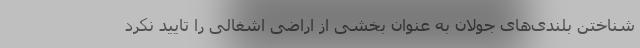
شناختن بلندی‌های جولان به عنوان بخشی از اراضی اشغالی را تایید نکرد